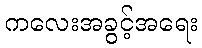
ကလေးအခွင့်အရေး